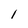
Character: 1